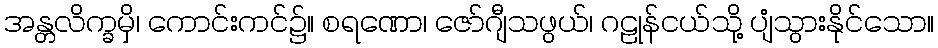
အန္တလိက္ခမှိ၊ ကောင်းကင်၌။ စရဏော၊ ဇော်ဂျီသဖွယ်၊ ဂဠုန်ငယ်သို့ ပျံသွားနိုင်သော။